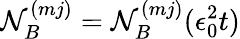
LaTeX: \mathcal{N}_{B}^{(mj)}=\mathcal{N}_{B}^{(mj)}(\epsilon_{0}^{2}t)